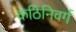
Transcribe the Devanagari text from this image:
कठिनिवर्ग